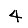
Digit: 4